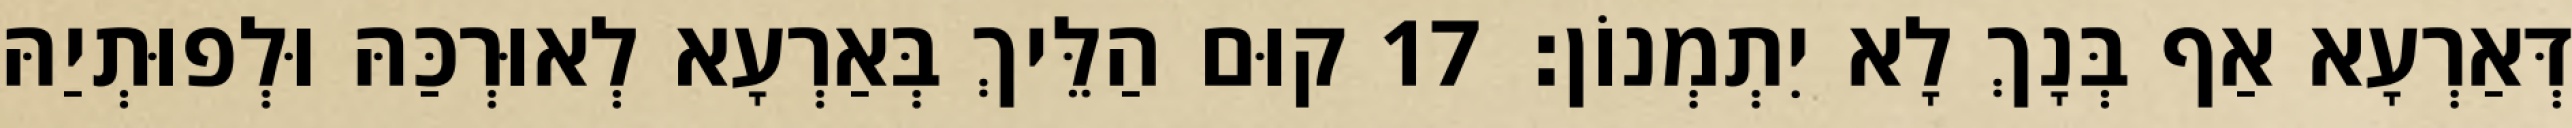
דְּאַרְעָא אַף בְּנָךְ לָא יִתְמְנוֹן׃ 17 קוּם הַלֵּיךְ בְּאַרְעָא לְאוּרְכַּהּ וּלְפוּתְיַהּ